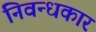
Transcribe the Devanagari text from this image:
निवन्धकार